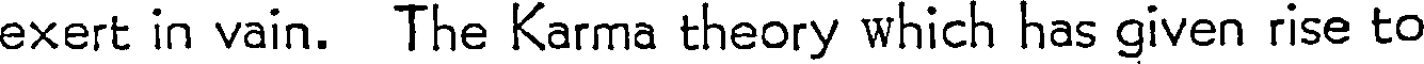
exert in vain. The Karma theory which has given rise to